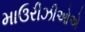
માઉરીઝીઓએ